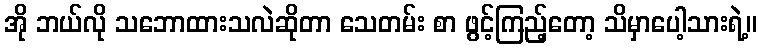
အို ဘယ်လို သဘောထားသလဲဆိုတာ သေတမ်း စာ ဖွင့်ကြည့်တော့ သိမှာပေါ့သားရဲ့။